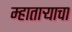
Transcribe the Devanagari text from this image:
म्हातार्‍याचा